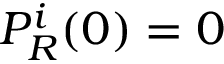
P _ { R } ^ { i } ( 0 ) = 0